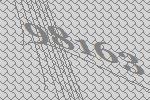
98163